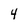
Character: 4